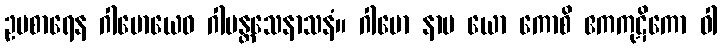
ဥပစာရေန ဂါမောယေဝ ဂါမန္တသေနာသနံ။ ဂါမော နာမ ယော ကောစိ ဧကကုဋိကော ဝါ